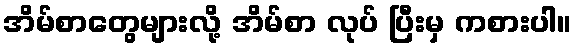
အိမ်စာတွေများလို့ အိမ်စာ လုပ် ပြီးမှ ကစားပါ။